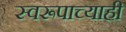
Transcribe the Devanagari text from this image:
स्वरूपाच्याही